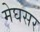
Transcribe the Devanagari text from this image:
मेघसर